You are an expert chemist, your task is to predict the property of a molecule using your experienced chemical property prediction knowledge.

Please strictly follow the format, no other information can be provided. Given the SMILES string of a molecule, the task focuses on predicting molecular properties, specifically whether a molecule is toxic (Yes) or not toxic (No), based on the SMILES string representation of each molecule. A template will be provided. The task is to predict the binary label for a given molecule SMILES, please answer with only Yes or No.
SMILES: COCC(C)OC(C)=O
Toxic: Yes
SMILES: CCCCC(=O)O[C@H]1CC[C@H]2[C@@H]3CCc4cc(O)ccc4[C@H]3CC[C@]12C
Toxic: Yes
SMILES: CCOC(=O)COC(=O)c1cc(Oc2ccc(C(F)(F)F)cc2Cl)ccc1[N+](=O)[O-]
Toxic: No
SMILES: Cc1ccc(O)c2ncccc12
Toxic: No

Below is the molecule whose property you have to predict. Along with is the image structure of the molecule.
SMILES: Cc1ccc(N)cc1
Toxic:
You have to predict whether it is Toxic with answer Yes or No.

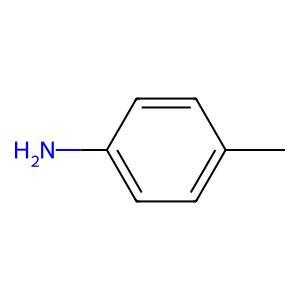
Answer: No